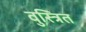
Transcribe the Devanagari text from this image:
वुस्त्रित